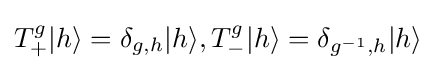
T_{+}^{g}|h\rangle =\delta _{g,h}|h\rangle ,T_{-}^{g}|h\rangle =\delta _{g^{-1},h}|h\rangle